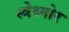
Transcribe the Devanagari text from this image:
स्त्रेथ्मोर